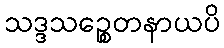
သဒ္ဒသဉ္စေတနာယပိ